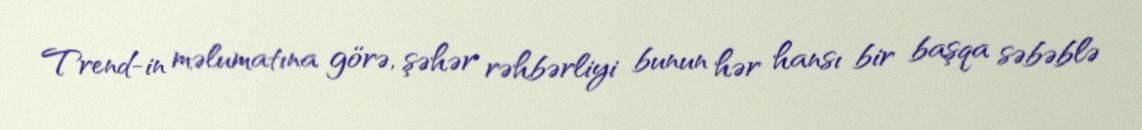
Trend-in məlumatına görə, şəhər rəhbərliyi bunun hər hansı bir başqa səbəblə